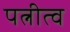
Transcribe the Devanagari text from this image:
पत्नीत्व